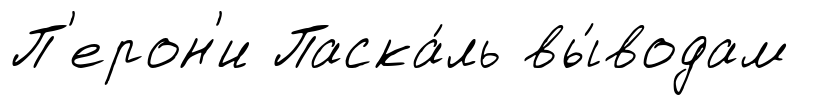
П'ерон'и Паска́ль вы́водам